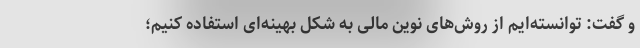
و گفت: توانسته‌ایم از روش‌های نوین مالی به شکل بهینه‌ای استفاده کنیم؛